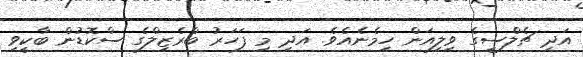
އަދި ޗެލްސީގެ ވިލިއަން ހިމެނެއެވެ. އަދި މި ފަހަރު ބްރެޒިލްގެ ސްކޮޑުން ބާކީވި